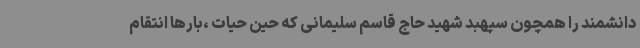
دانشمند را همچون سپهبد شهید حاج قاسم سلیمانی که حین حیات ،بارها انتقام